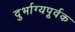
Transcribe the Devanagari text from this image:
दुर्भाग्यपूर्वक